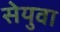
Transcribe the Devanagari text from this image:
सेयुवा